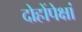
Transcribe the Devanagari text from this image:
दोहोंपेक्षां